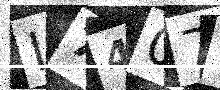
Text: I7407F